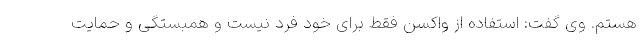
هستم. وی گفت: استفاده از واکسن فقط برای خود فرد نیست و همبستگی و حمایت